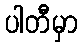
ပါတီမှာ